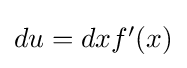
\textstyle du=dxf'(x)